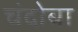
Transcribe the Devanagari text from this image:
चंदोबा